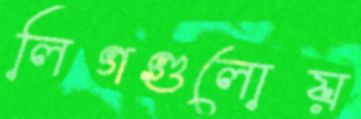
লিগগুলোয়